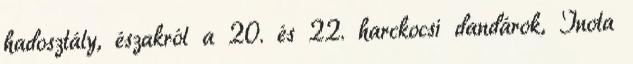
hadosztály, északról a 20. és 22. harckocsi dandárok, Inota